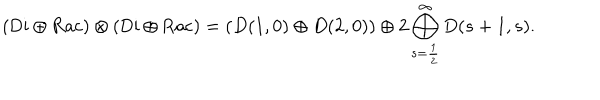
( { \mathrm { D i } } \oplus { \mathrm { R a c } } ) \otimes ( { \mathrm { D i } } \oplus { \mathrm { R a c } } ) = ( D ( 1 , 0 ) \oplus D ( 2 , 0 ) ) \oplus 2 \bigoplus _ { s = \frac { 1 } { 2 } } ^ { \infty } D ( s + 1 , s ) .